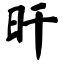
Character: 旰